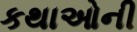
કથાઓની